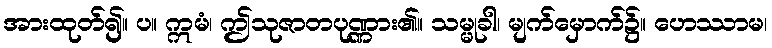
အားထုတ်၍။ ပ။ ဣမံ၊ ဤသုဇာတပုဏ္ဏား၏။ သမ္မုခါ၊ မျက်မှောက်၌။ ဟေဿာမ၊